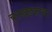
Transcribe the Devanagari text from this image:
चुनखडकाचा